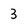
Character: 3